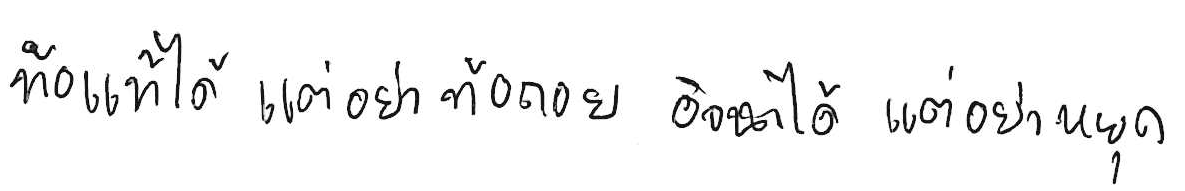
ท้อแท้ได้ แต่อย่าท้อถอย อิจฉาได้ แต่อย่าริษยา พักได้ แต่อย่าหยุด